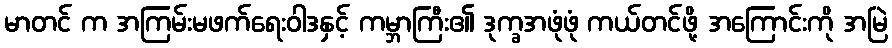
မာတင် က အကြမ်းမဖက်ရေးဝါဒနှင့် ကမ္ဘာကြီး၏ ဒုက္ခအဖုံဖုံ ကယ်တင်ဖို့ အကြောင်းကို အမြဲ